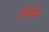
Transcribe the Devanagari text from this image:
टिनॅप